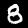
Label: 8